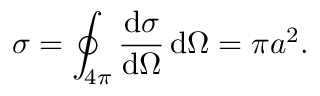
\sigma = \oint _ { 4 \pi } { \frac { \mathrm { d } \sigma } { \mathrm { d } \Omega } } \, \mathrm { d } \Omega = \pi a ^ { 2 } .